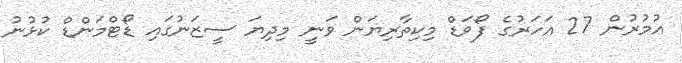
އުމުރުން 27 އަހަރުގެ ފޯވަޑް މިކިތާރިޔަން ވަނީ މިދިޔަ ސީޒަނުގައި ޑޯޓްމަންޑް ކުޅުނު